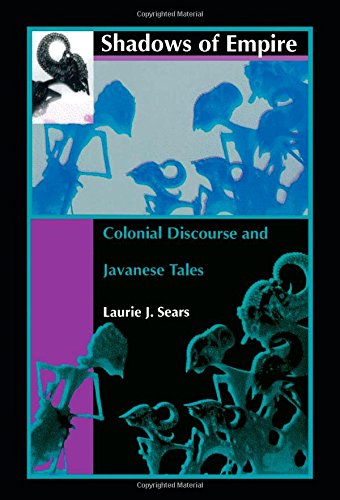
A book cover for Shadows of Empire: Colonial Discourse and Javanese Tales; Laurie J. Sears; Crafts, Hobbies & Home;